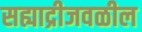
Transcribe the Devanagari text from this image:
सह्याद्रीजवळील